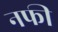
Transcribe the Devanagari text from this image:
नफी